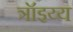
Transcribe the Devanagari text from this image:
त्रॉइय्य